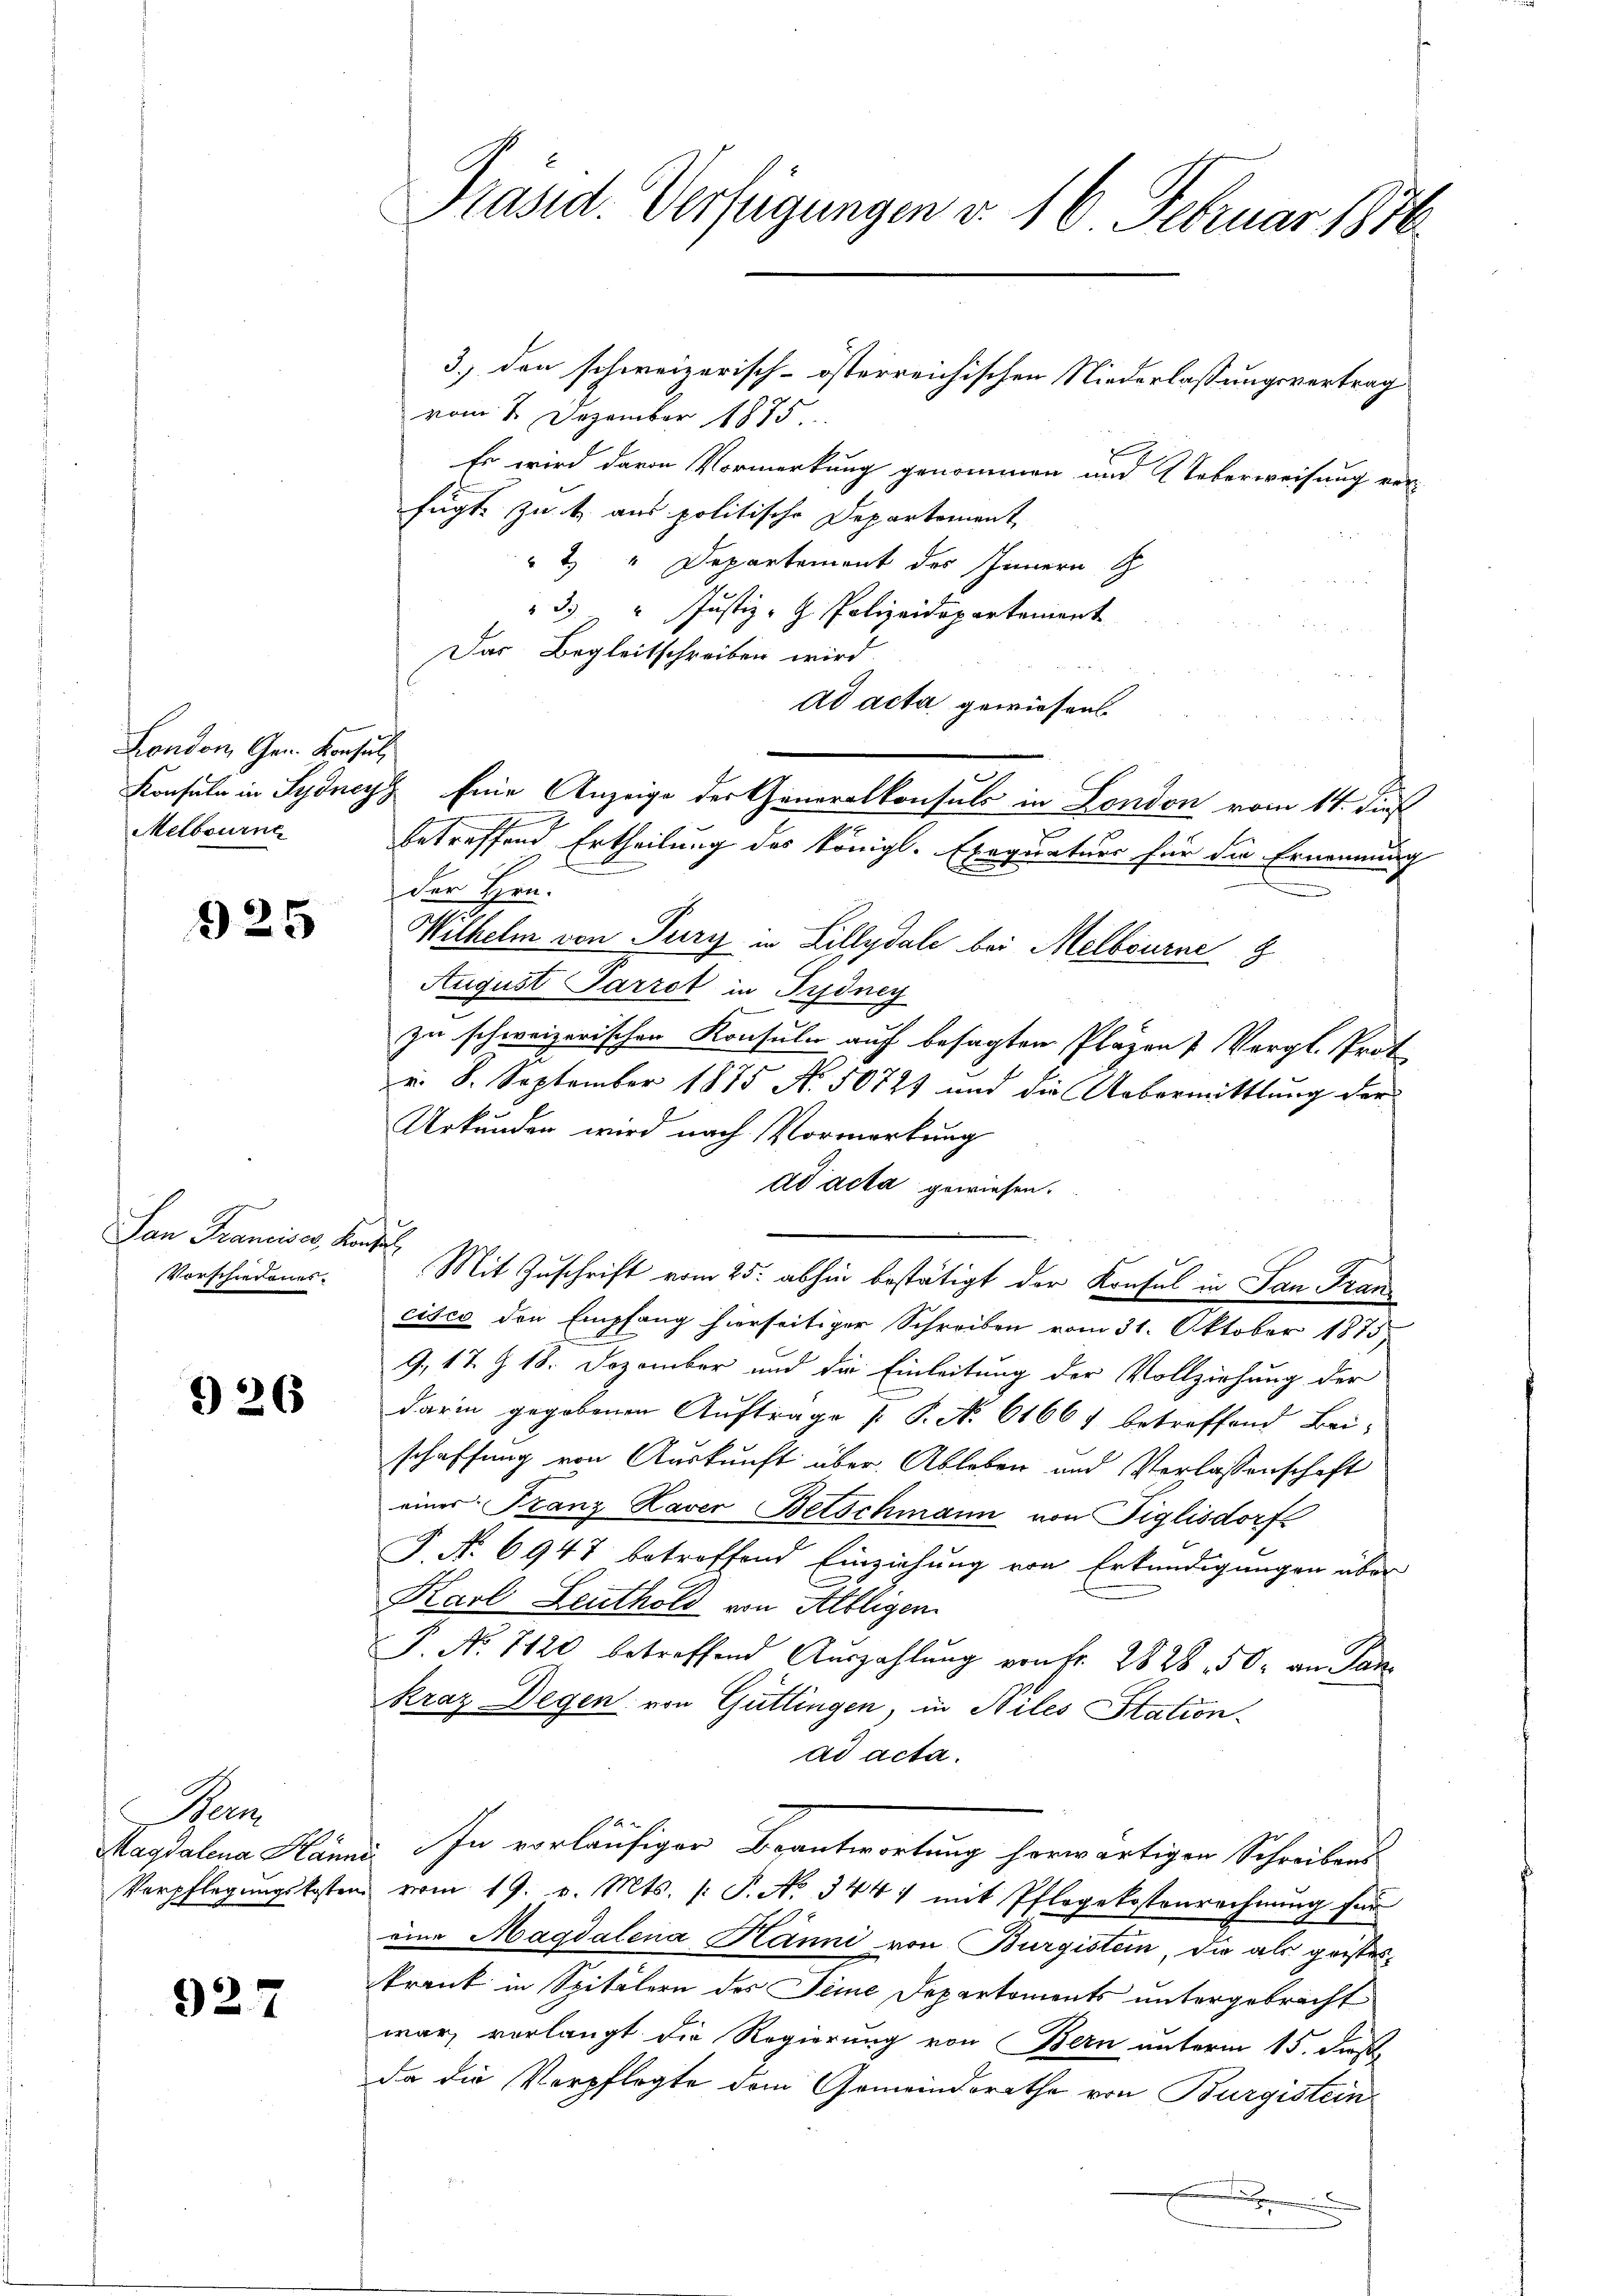
London, Gen. Konsul
Melbourna

925

San Franciser, Konsul
Vorschiedenes.

326

Berm

927

Präsid. Verfügungen v. 16. Februar 1876

3.) den schweizerisch-österreichischen Niederlassungsvertrag
vom 2. Dezember 1875.
Er wird davon Vormerkung genommen und Ueberweisung ver-
fügt zu t aus politische Departement
" 2 " Departement des Innern G
3. " Justiz- & Polizeidepartement
Das Begleitschreiben wird.
ad acta gewiesen.
Konsuln in Sydney Eine Anzeige der Generalkonsuls in London vom 14. Fuß
betreffend Ertheilung des königl. Exequatuor für die Ernennung
der Hrn.
Wilhelm von Turz in Lillydale bei Melbourne
August Parrot in Pydney
zu schweizerischen Konsuler auf besagten Pläzen & Vergl. Prot
v. 8. September 1875 No 50727 und die Uebermittlung der
Urkunden wird nach Vormerkung
ad acta gewiesen.
Mit Zuschrift vom 25. abhin bestätigt der Konsul in San Francisco den Empfang hierseitiger Schreiben vom 31. Oktober 1875
9., 17. § 18. Dezember und die Einleitung der Vollziehung der
darin gegebenen Auftrage [S. No. 61667 betreffend Bei-
schaffung von Auskunft über Ableben und Verlassenschaft
einer Franz Haver Betschmann von Figlisdorf
P. Nr. 6947 betreffend Einziehung von Erkundigungen über
Karl Leuthold von Albligen
P. Nr. 7120 betreffend Aŭszahlŭng von Fr. 2828 50. an Pan
kraz Degen von Gutlingen, in Hiles Station
ad acta.
Magdalena Hänni In vorläufiger Beantwortung herwärtigen Schreibens-
Verpflegŭngskosten vom 19. v. Mts. /: P. No. 344 1 mit Pflegekostenrechnŭng für
eine Magdalena Hanni von Burgistein, die als geisteskrank in Spitälern des Sime Departements untergebracht
war, verlangt die Regierung von Bern unterm 15. dieß
da die Verpflegte dem Gemeindsrathe von Burgistein
e
x